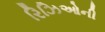
રિઝિઓની